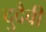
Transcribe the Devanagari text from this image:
दुदैवी